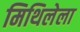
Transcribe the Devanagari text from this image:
मिथिलेला